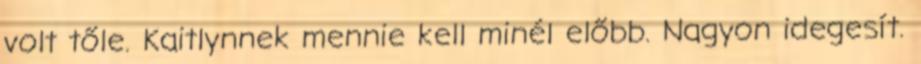
volt tőle. Kaitlynnek mennie kell minél előbb. Nagyon idegesít.